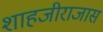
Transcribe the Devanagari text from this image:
शाहजीराजास